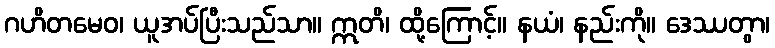
ဂဟိတမေဝ၊ ယူအပ်ပြီးသည်သာ။ ဣတိ၊ ထို့ကြောင့်။ နယံ၊ နည်းကို။ ဒေဿတွာ၊